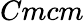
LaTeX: Cmcm